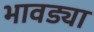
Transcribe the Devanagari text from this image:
भावड्या